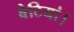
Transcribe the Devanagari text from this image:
बेटियां।